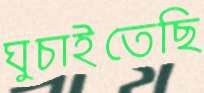
ঘুচাইতেছি